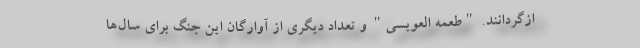
ازگردانند. "طعمه العویسی" و تعداد دیگری از آوارگان این جنگ برای سال‌ها